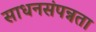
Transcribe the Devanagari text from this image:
साधनसंपन्नता